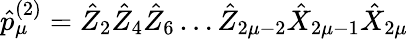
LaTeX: \hat{p}_{\mu}^{(2)}=\hat{Z}_{2}\hat{Z}_{4}\hat{Z}_{6}\ldots\hat{Z}_{2\mu-2}\hat{X}_{2\mu-1}\hat{X}_{2\mu}